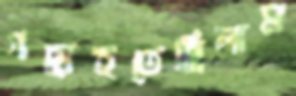
গছাইতেছিলাম